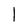
Character: l